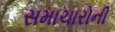
સમાચારોની